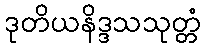
ဒုတိယနိဒ္ဒသသုတ္တံ